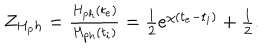
\begin{array} { l } { { Z _ { H _ { p } h } = \frac { H _ { p h } ( t _ { e } ) } { H _ { p h } ( t _ { i } ) } = \frac { 1 } { 2 } e ^ { \chi ( t _ { e } - t _ { i } ) } + \frac { 1 } { 2 } . } } \\ \end{array}